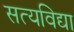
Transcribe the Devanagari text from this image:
सत्यविद्या